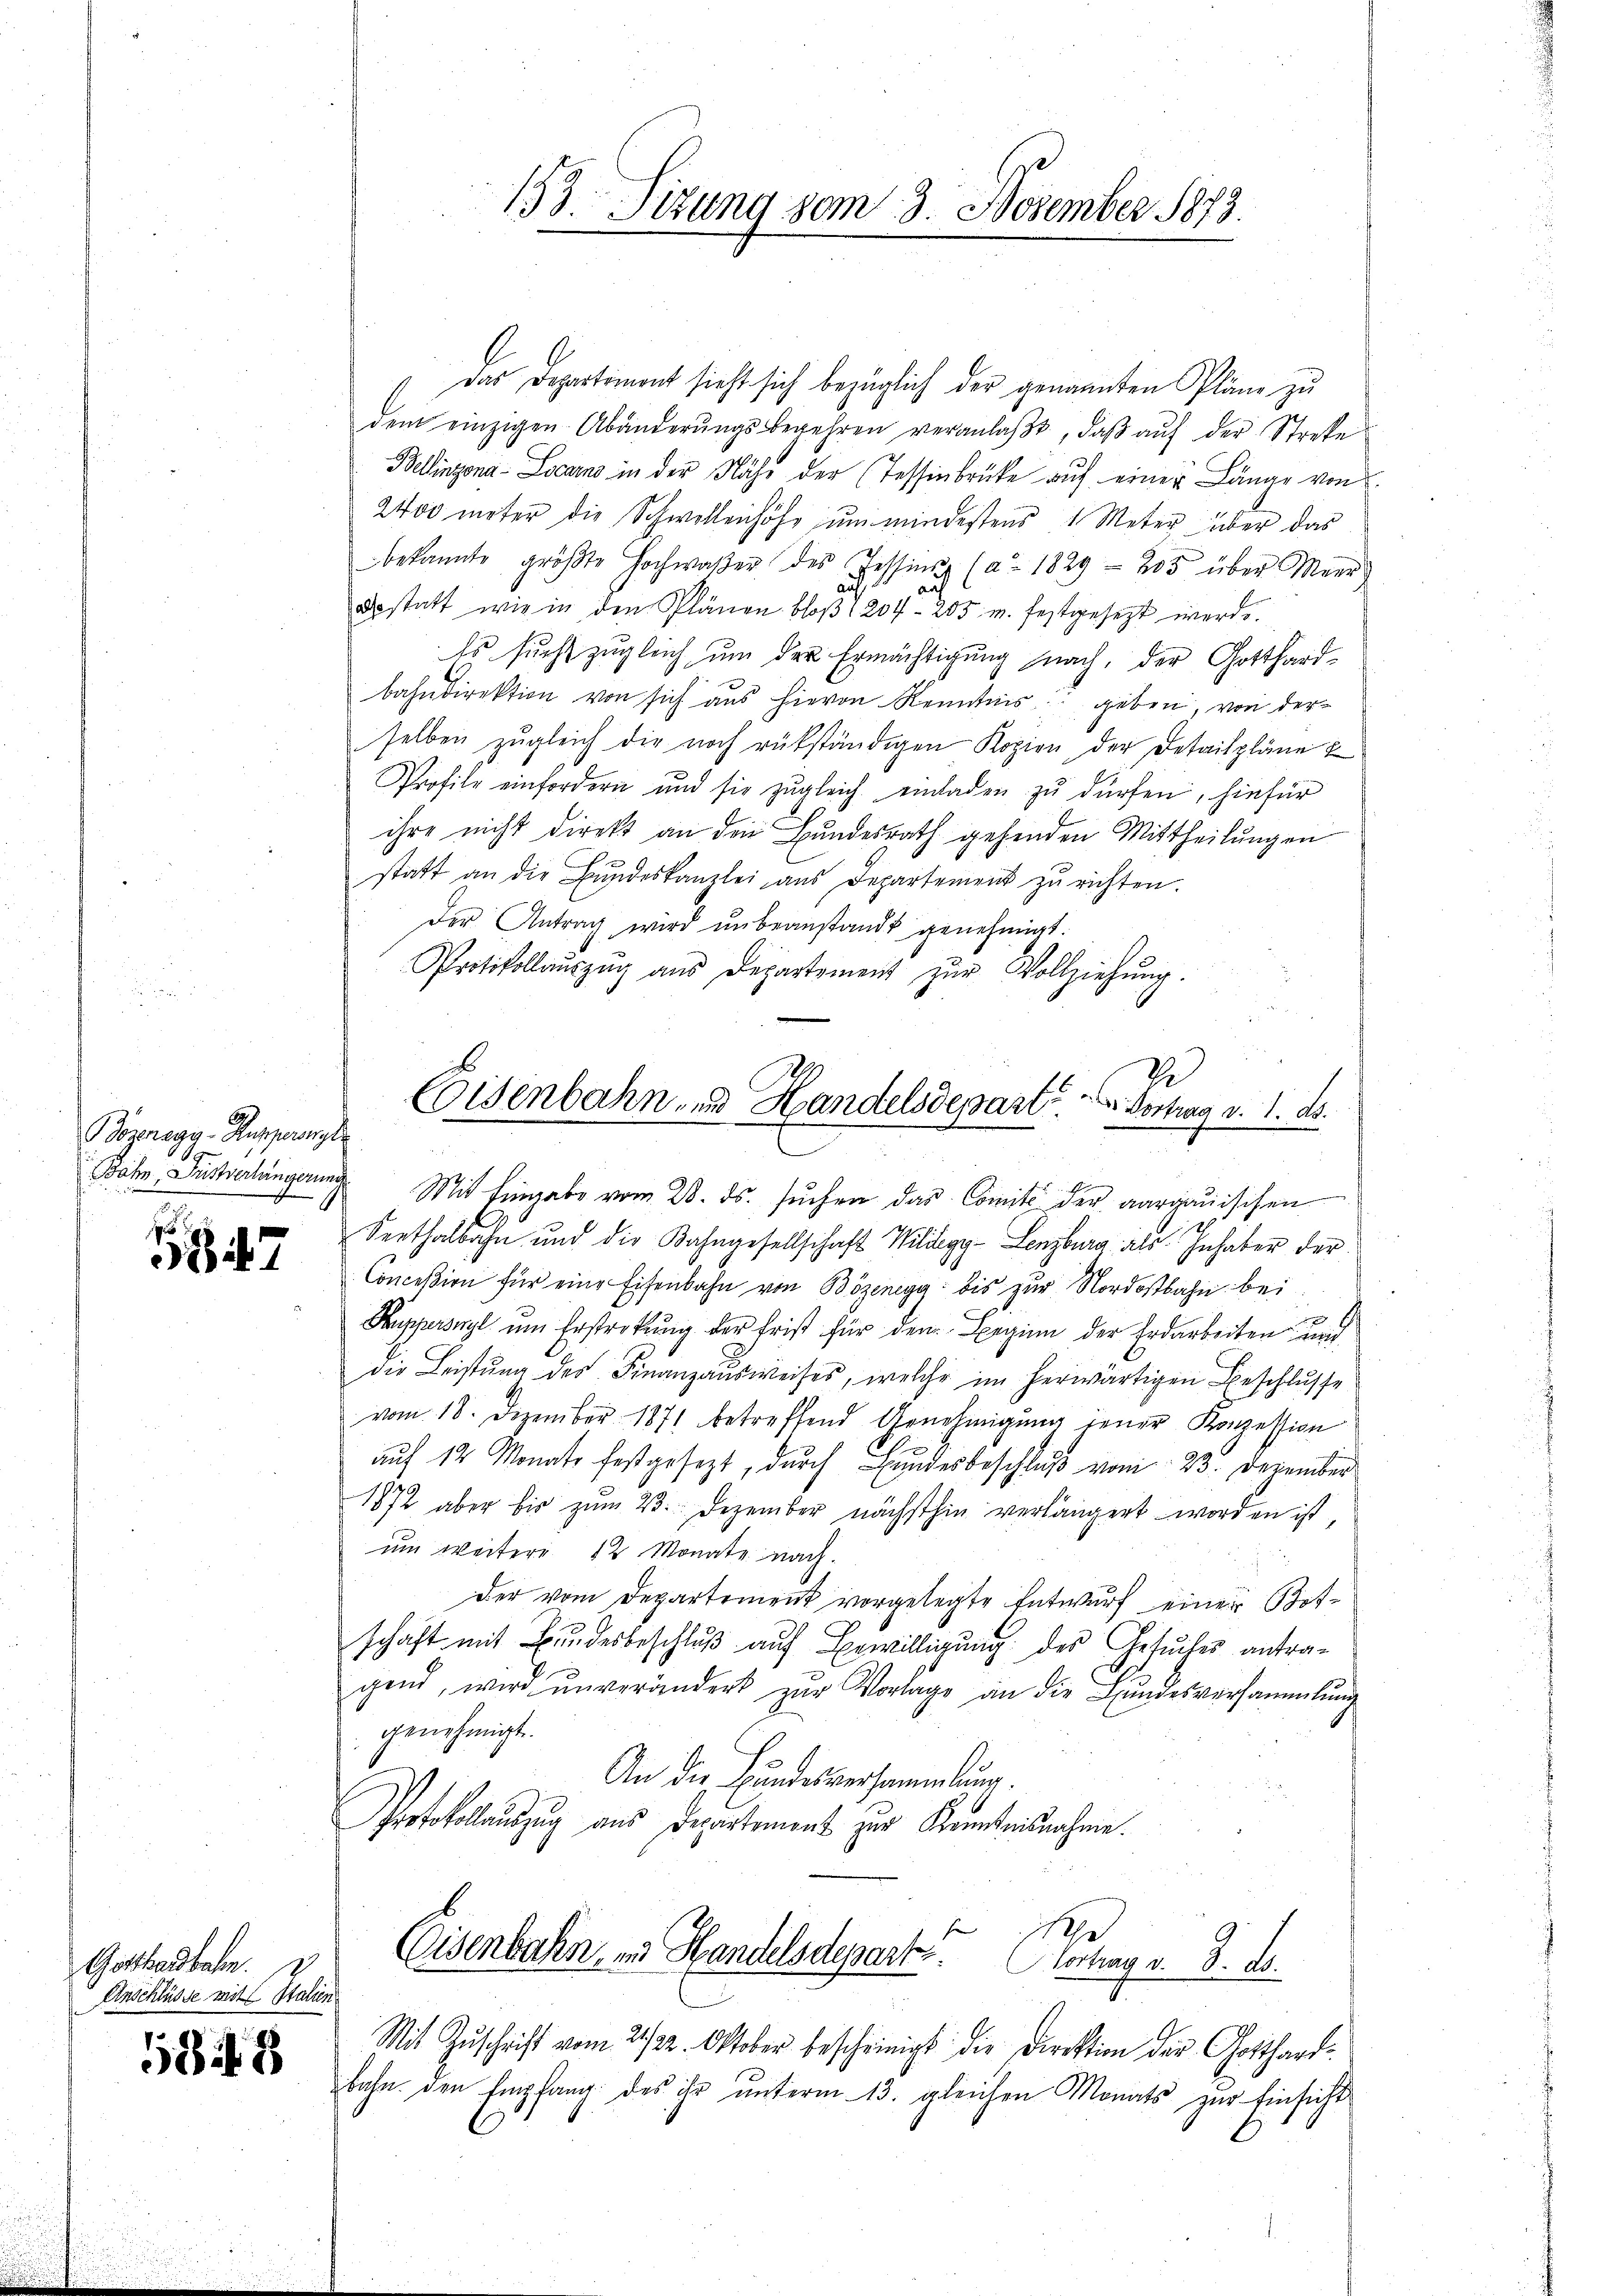
ozeragy-Ruperingl
J

547

Gotthardbahn.
Anschlüsse mit Stalien

5848

Das Departement sieht sich bezüglich der genannten Pläne zu
dem einzigen Abänderŭngsbegehren veranlaβt, daβ aŭf der Streke
Bellinzona-Locarno in der Nähe der Tessinbrücke aŭf einer Länge von
2400 meter die Schwellenhöhe ŭm mindestens 1 Meter über das
bekannte größte Hochwaßer des Tessin (a. 1829 - 205 über Meer
auf
a
Bestatt wie in den Plänen bloβ 1204- 205 u. festgesezt werde.
Es sucht zugleich um der Ermächtigung nach, der Gotthardbahndirektion von sich aus hievon Kenntnis geben, von derselben zŭgleich die noch rükständigen Kopion der Detailpläne
Profile einfordern und sie zŭgleich einladen zŭ dürfen, hiefür
ihre nicht direkt an den Bundesrath gehenden Mittheilungen
statt an die Bŭndeskanzlei aus Departement zŭ richten.
Der Antrag wird unbeanstandt genehmigt.
Protokollaŭszŭg ans Departement zŭr Vollziehŭng.
Coisenbahn- und Handelsdepart. Vertrag d. 1. d.

153. Sizung vom 3. November 1873.

Bahn, Düstverlängerung Mit Eingabe vom 28. ds. suchen das Comite der aargauischen

Seethalbahn und die Bahngesellschaft Wildegy-Lenzburg als Inhaber der
Conceßion für eine Eisenbahn von Bözenegg bis zur Nordostbahn bei
Kupperswyl ŭm Erstrekŭng der Frist für den Beginn der Erdarbeiten und
die Leistung des Finanzausweises, welche im herwärtigen Beschlusse
vom 18. Dezember 1871 betreffend Genehmigung jener Konzession
auf 12 Monats festgesezt, durch Bundesbeschluß vom 23. Dezember
1872 aber bis zŭm 23. Dezember nächsthin verlängert worden ist,
um weitere 12 Monate nach.
der vom Departement vorgelegte Entwurf einer Botschaft mit Bundesbeschlŭβ aŭf Bewilligung des Gesuches antra-
gend, wird ŭnverändert zŭr Vorlage an die Bŭndesversammlung
genehmigt.
An die Bundesversammlung.
Protokollauszug aus Departement zur Kenntnisnahme.

1
Eisenbahn, in Handelsdepart. Vortrag v. 8. d.

Mit Zŭschrift vom 21/22. Oktober bescheinigt die Direktion der Gotthardbahn den Empfang des ihr ŭnterm 13. gleichen Monats zur Einsicht